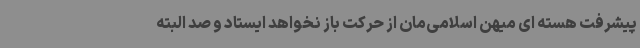
پیشرفت هسته ای میهن اسلامی‌مان از حرکت باز نخواهد ایستاد و صد البته